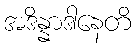
အဒိန္နာဒါနေတိ